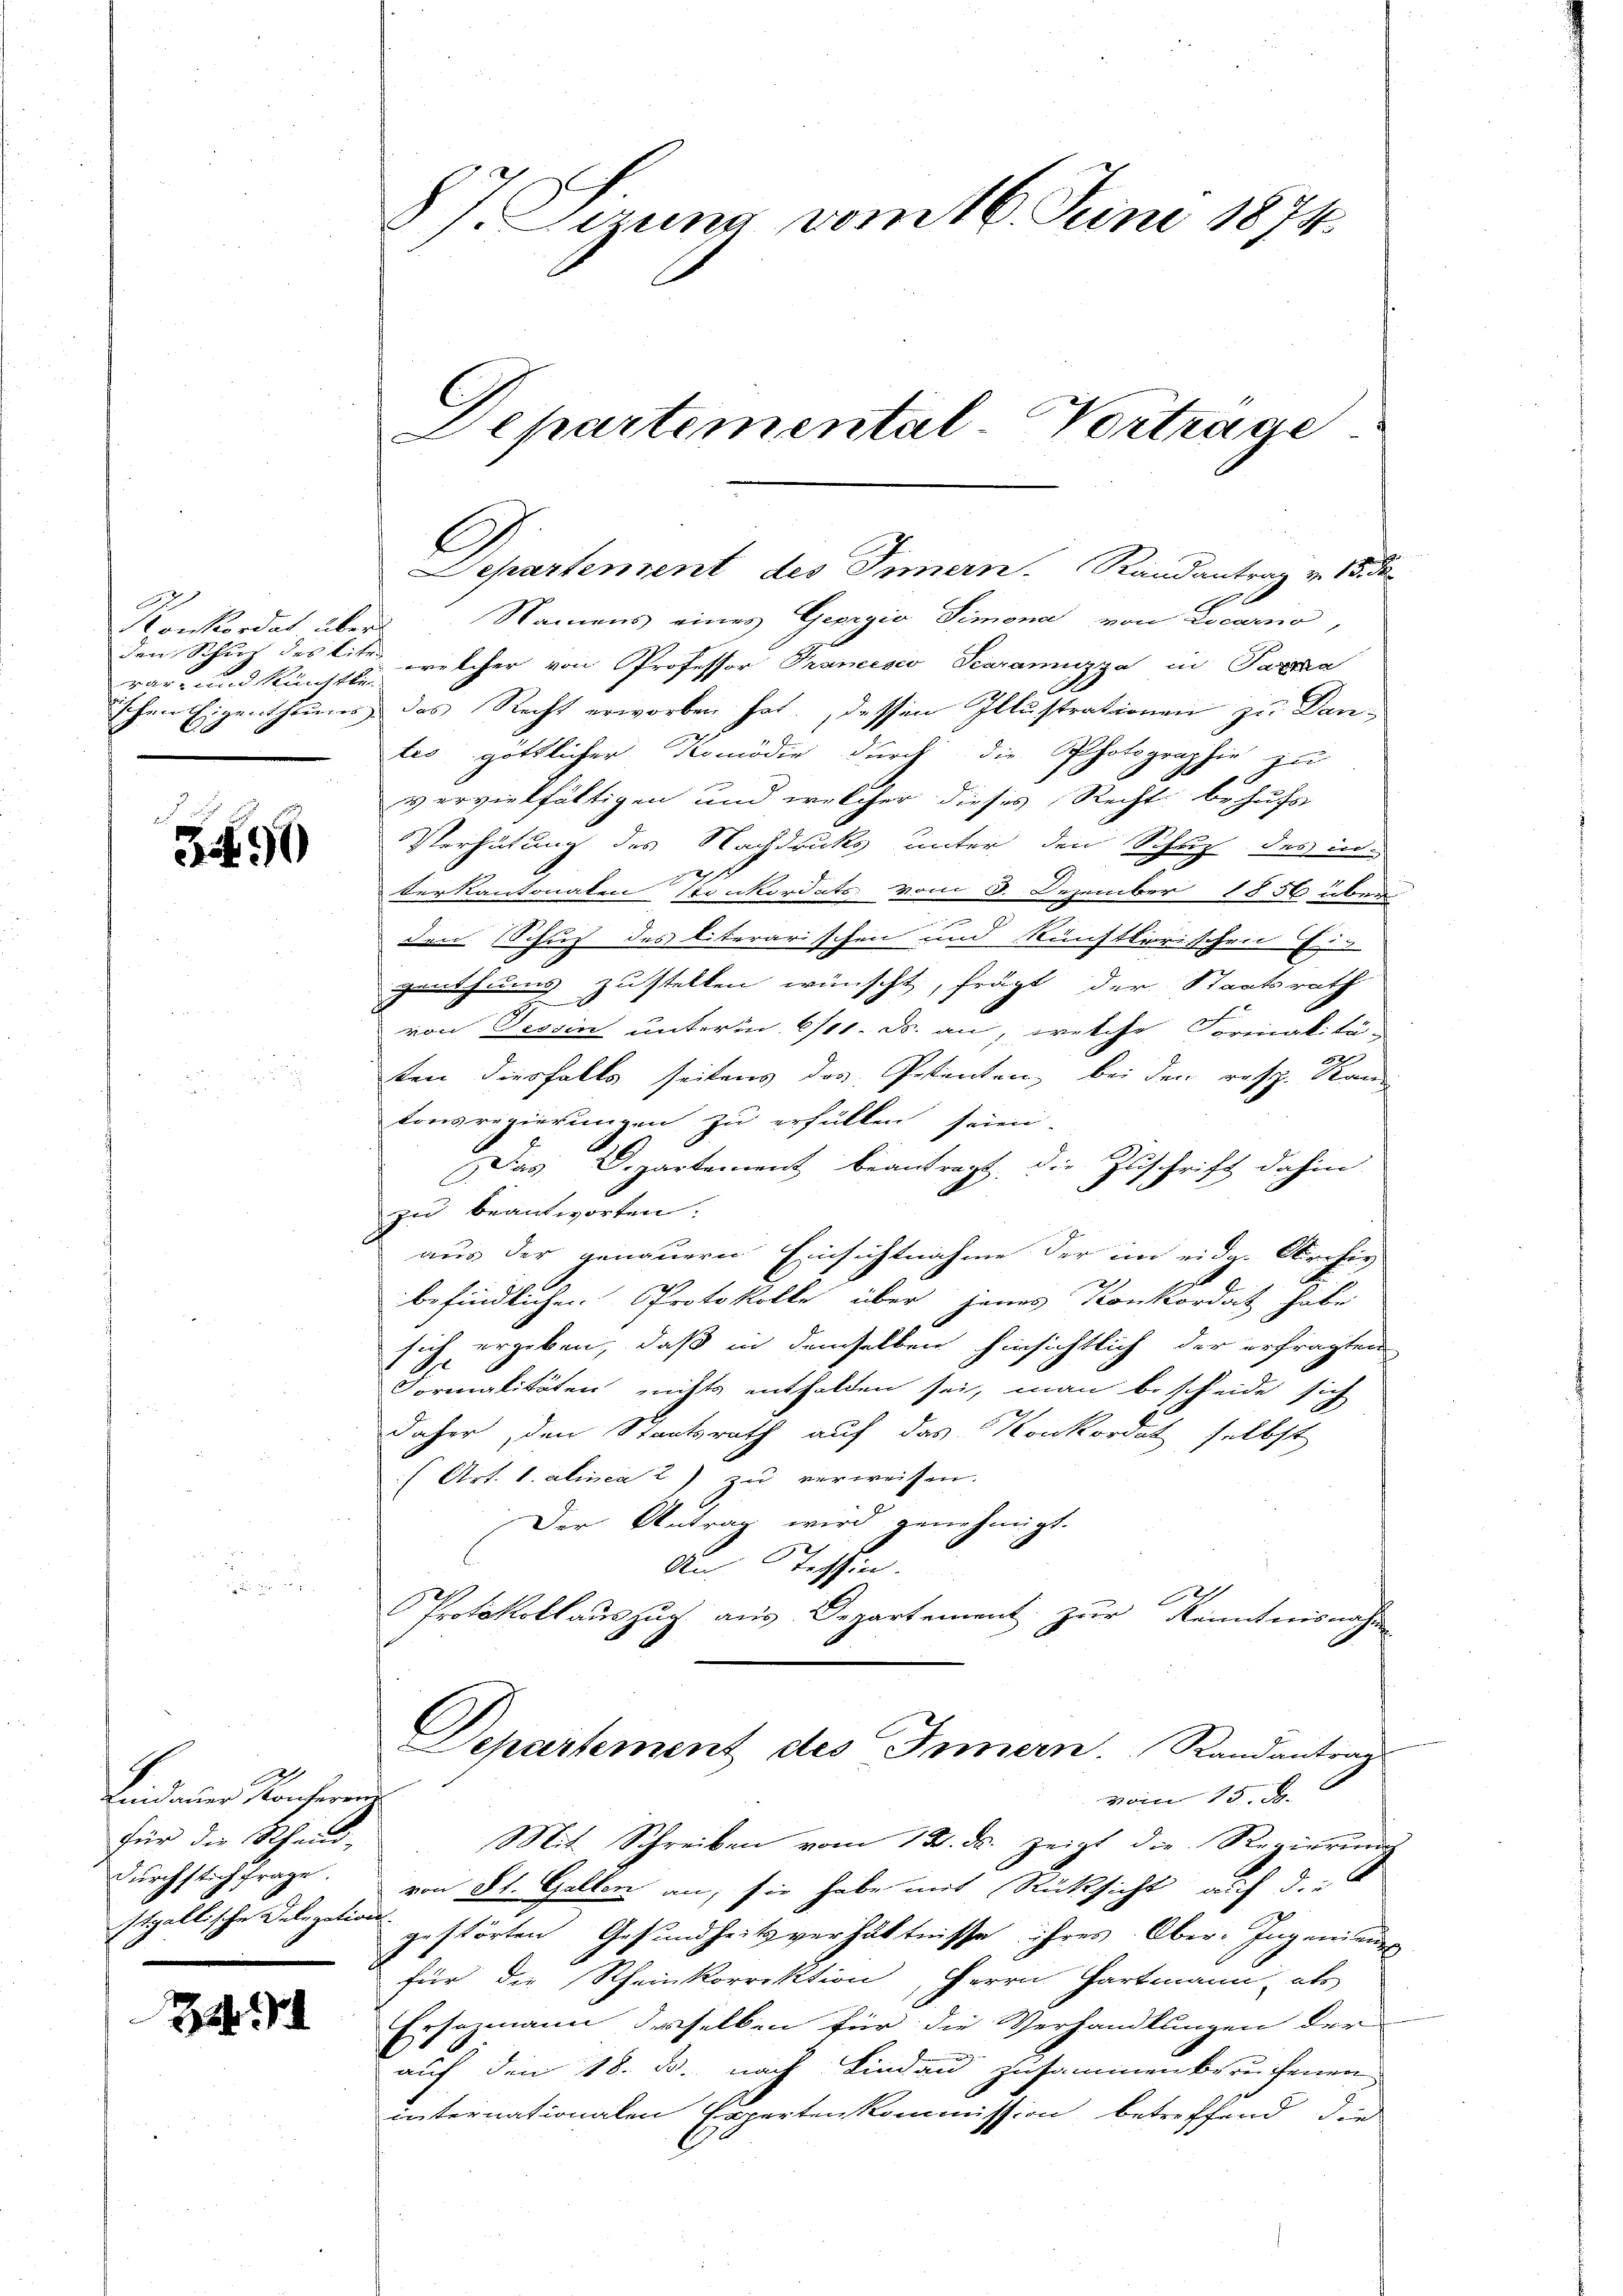
Konkordat über
rar- und Künstli

349

Lindauer Konferen
für die Rheind-
Durchstich frage.
stgallische Delegation

H

8). Jenne vom 16. Juni 1874.
Departemental-Vortrage

E

Namens eines Gepigia Simona von Locarno,
den Schön des lite, welcher von Professor Prancesco Scaramuzza in Partha
ischen Eigenthums des Recht erworben hat. dessen Illustrationen zu Dan-
tes göttlicher Komödie durch die Photographie zu
vervielfältigen und welcher dieses Recht behufs
Verhütung des Nachdrucks unter den Schutz des in
f
berkantonalen Konkordats vom 8. Dezember 1856 üben.
|
den Schuh des literarischen und künstlerischen Ei
genthums zustellen wünscht, frägt der Staatsrath
von Tessin unterm 6/11. ds. an, welche Formalitäf
x
ten diesfalls seitens das Petenten, bei den resp. Kan
tonsregierungen zu erfüllen seien,
Das Departement beantragt, die Zuschrift dahin
zu beantworten.
aus der genauern Einsichtnahme der im eidg. Kirchiv
befindlichen Protokolle über jenes Konkordat habe
sich ergeben, daß in demselben hinsichtlich der erfragten
Formalitäten nichts enthalden sei, man bescheide sich
daher den Staatsrath auf das Konkordat selbst
(Art. 1. alinea 2) zu verweisen.
Der Antrag wird genehmigt.
An Tessin.
Protokollauszug aus Departement zur Kenntnisnahm
Departement des Innern. Randantrag
vom 15. J
Mit Schreiben vom 12. ds. zeigt die Regierung
von St. Gallen an, sie habe mit Rücksicht auf die
gestörten Gesundheitsverhältnisse ihres Ober-Ingenieurs
1
für die Rheinkorrektion, Herrn Hartmann, als
sommann derselben für die Verhandlungen der
7
auf den 18. ds. nach Lindau zusammenberufenen
internationalen Expertenkommission betreffend die

Departement des Innern. Randantrag von 15. de